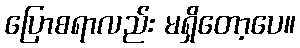
ပြောစရာလည်း မရှိတော့ပေ။